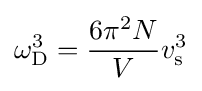
\omega _{\rm {D}}^{3}={\frac {6\pi ^{2}N}{V}}v_{\rm {s}}^{3}